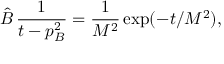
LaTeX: \hat { B } \, \frac { 1 } { t - p _ { B } ^ { 2 } } = \frac { 1 } { M ^ { 2 } } \exp ( - t / M ^ { 2 } ) ,